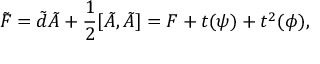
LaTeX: \tilde { F } = \tilde { d } \tilde { A } + \frac { 1 } { 2 } [ \tilde { A } , \tilde { A } ] = F + t ( \psi ) + t ^ { 2 } ( \phi ) ,